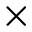
\times